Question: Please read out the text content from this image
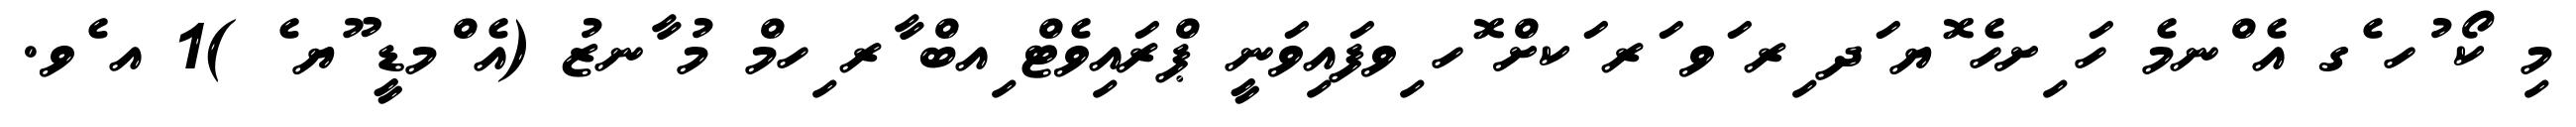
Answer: މި ކޯ ުހ ެގ އެ ްނމެ ހަ ިށހެ ޮޔ ަދ ިރ ަވ ަރ ަކށް ޮހ ިވފައިވަނީ ޕްރައިވެޓް ިއބް ާރ ިހމް މު ާނޒު (އެ ްމޑީ ޫޔ ެ )1 އ ެވ.